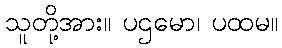
သူတို့အား။ ပဌမော၊ ပထမ။